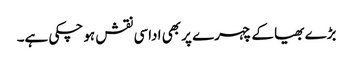
بڑے بھیا کے چہرے پر بھی اداسی نقش ہو چکی ہے۔